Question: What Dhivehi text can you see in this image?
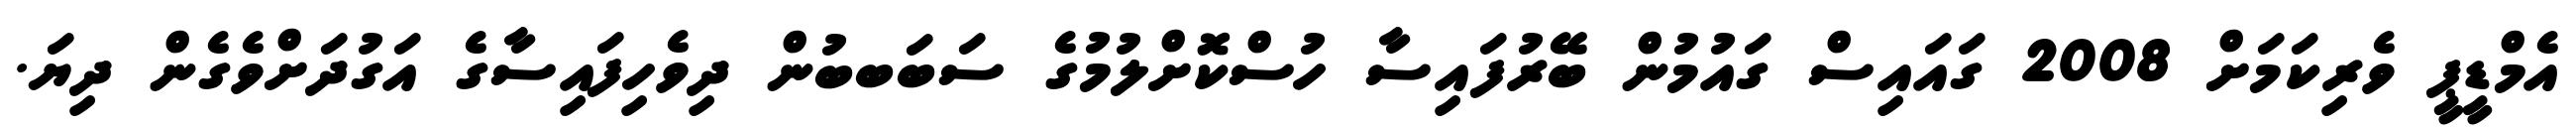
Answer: އެމްޑީޕީ ވެރިކަމަށް 2008 ގައައިސް ގައުމުން ބޭރުފައިސާ ހުސްކޮށްލުމުގެ ސަބަބބުން ދިވެހިފައިސާގެ އަގުދަށްވެގެން ދިޔަ.